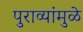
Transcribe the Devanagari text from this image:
पुराव्यांमुळे